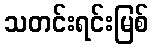
သတင်းရင်းမြစ်